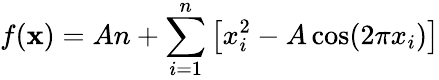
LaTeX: f(\mathbf{x})=An+\sum_{i=1}^{n}\left[x_{i}^{2}-A\cos(2\pi x_{i})\right]